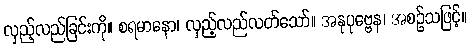
လှည့်လည်ခြင်းကို။ စရမာနော၊ လှည့်လည်လတ်သော်။ အနုပုဗ္ဗေန၊ အစဉ်သဖြင့်။